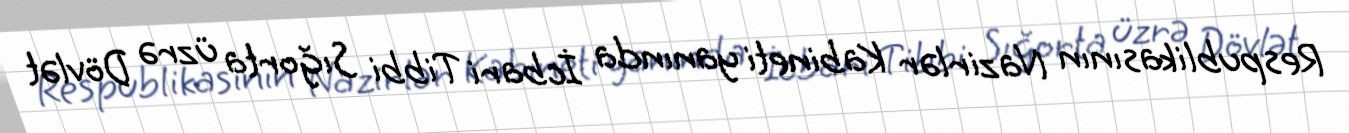
Respublikasının Nazirlər Kabineti yanında İcbari Tibbi Sığorta üzrə Dövlət